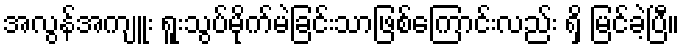
အလွန်အကျူး ရူးသွပ်မိုက်မဲခြင်းသာဖြစ်ကြောင်းလည်း ရှိ မြင်ခဲ့ပြီ။